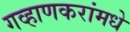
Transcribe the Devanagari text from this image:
गव्हाणकरांमधे